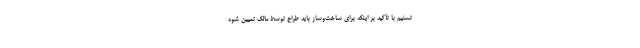
تسنیم با تأکید بر اینکه برای ساخت‌وساز باید طراح توسط مالک تعیین شود